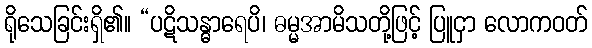
ရိုသေခြင်းရှိ၏။ “ပဋိသန္ဓာရေပိ၊ ဓမ္မအာမိသတို့ဖြင့် ပြူငှာ လောကဝတ်